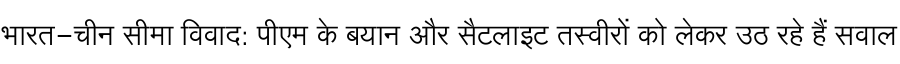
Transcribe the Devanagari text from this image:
भारत-चीन सीमा विवाद: पीएम के बयान और सैटलाइट तस्वीरों को लेकर उठ रहे हैं सवाल